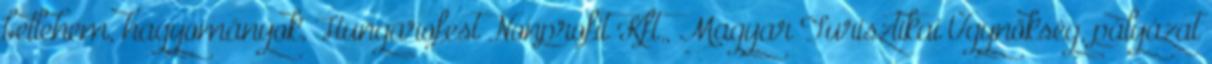
betlehem, hagyományok, Hungarofest Nonprofit Kft., Magyar Turisztikai Ügynökség, pályázat